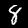
Digit: 8